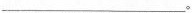
___。